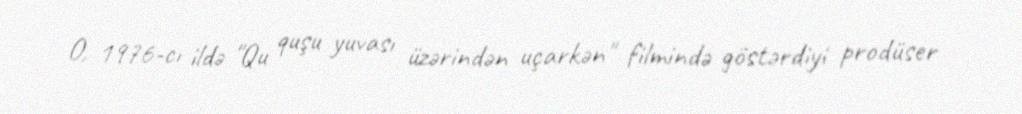
O, 1976-cı ildə "Qu quşu yuvası üzərindən uçarkən" filmində göstərdiyi prodüser